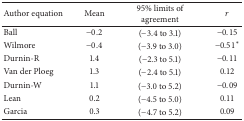
| Author equation | Mean | 95% limits of agreement | r |
 | --- | --- | --- | --- |
 | Ball | −0.2 | (−3.4 to 3.1) | −0.15 |
 | Wilmore | −0.4 | (−3.9 to 3.0) | −0.51∗ |
 | Durnin-R | 1.4 | (−2.3 to 5.1) | −0.11 |
 | Van der Ploeg | 1.3 | (−2.4 to 5.1) | 0.12 |
 | Durnin-W | 1.1 | (−3.0 to 5.2) | −0.09 |
 | Lean | 0.2 | (−4.5 to 5.0) | 0.11 |
 | Garcia | 0.3 | (−4.7 to 5.2) | 0.09 |